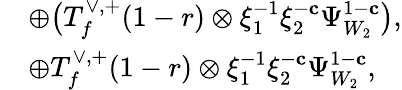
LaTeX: \begin{array}{rl}&{\oplus\bigl(T_{f}^{\vee,+}(1-r)\otimes\xi_{1}^{-1}\xi_{2}^{-\mathbf{c}}\Psi_{W_{2}}^{1-\mathbf{c}}\bigr),}\\ &{\oplus T_{f}^{\vee,+}(1-r)\otimes\xi_{1}^{-1}\xi_{2}^{-\mathbf{c}}\Psi_{W_{2}}^{1-\mathbf{c}},}\end{array}